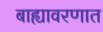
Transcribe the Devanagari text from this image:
बाह्यावरणात